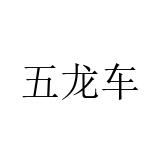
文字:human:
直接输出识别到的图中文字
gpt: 五龙车